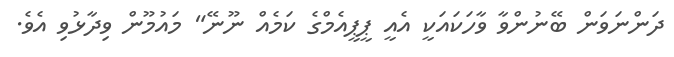
ދަންނަވަން ބޭނުންވާ ވާހަކައަކީ އެއީ ޕީޕީއެމްގެ ކަމެއް ނޫނޭ" މައުމޫން ވިދާޅުވި އެވެ.